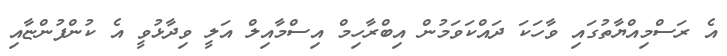
އެ ރަސްމިއްޔާތުގައި ވާހަކަ ދައްކަވަމުން އިބްރާހިމް އިސްމާއިލް އަލީ ވިދާޅުވީ އެ ކުންފުންޏާއި